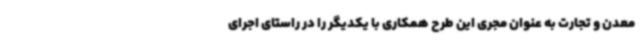
معدن و تجارت به عنوان مجری این طرح همکاری با یکدیگر را در راستای اجرای